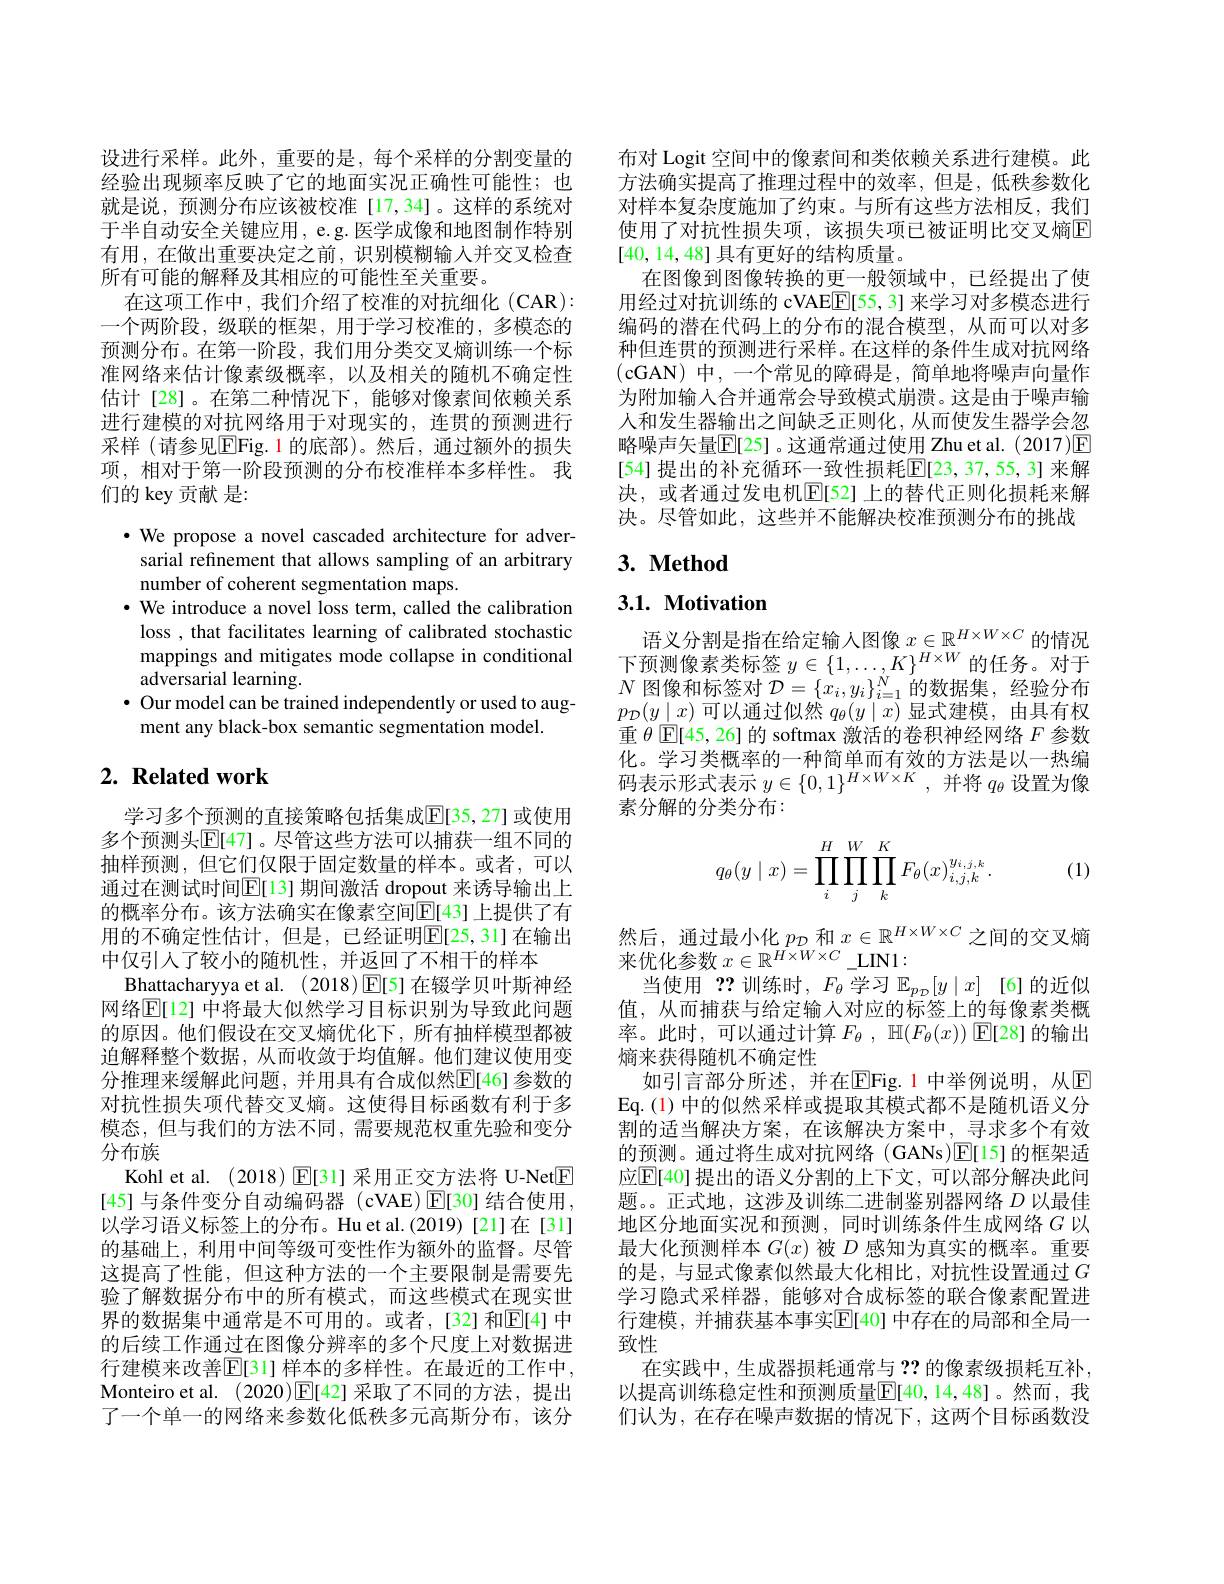
设进行采样。此外，重要的是，每个采样的分割变量的经验出现频率反映了它的地面实况正确性可能性；也就是说，预测分布应该被校准[17,34]。这样的系统对于半自动安全关键应用，e.g. 医学成像和地图制作特别有用，在做出重要决定之前，识别模糊输入并交叉检查所有可能的解释及其相应的可能性至关重要。
在这项工作中，我们介绍了校准的对抗细化(CAR): 一个两阶段，级联的框架，用于学习校准的，多模态的预测分布。在第一阶段，我们用分类交叉熵训练一个标准网络来估计像素级概率，以及相关的随机不确定性估计[28]。在第二种情况下，能够对像素间依赖关系进行建模的对抗网络用于对现实的，连贯的预测进行采样(请参见$\boxed{\mathrm{E}}$Fig.1 的底部)。然后，通过额外的损失项，相对于第一阶段预测的分布校准样本多样性。我们的 key 贡献 是：

$\cdot$ We propose a novel cascaded architecture for adver-
sarial refinement that allows sampling of an arbitrary
number of coherent segmentation maps.
· We introduce a novel loss term, called the calibration
loss , that facilitates learning of calibrated stochastic mappings and mitigates mode collapse in conditional adversarial learning.
$\bullet$ Our model can be trained independently or used to aug-
ment any black-box semantic segmentation model.

# 2. Related work

学习多个预测的直接策略包括集成$\overline{\mathbb{E}}$[35,27] 或使用多个预测头$\mathbb{E}[47]$。尽管这些方法可以捕获一组不同的抽样预测，但它们仅限于固定数量的样本。或者，可以通过在测试时间$\mathbb{E}[$13]期间激活 dropout 来诱导输出上的概率分布。该方法确实在像素空间[E[43]上提供了有用的不确定性估计，但是，已经证明$\boxed{\mathrm{E}}[25,31]$在输出中仅引人了较小的随机性，并返回了不相干的样本
Bhattacharyya et al. (2018)$\operatorname{E}[5]$在辍学贝叶斯神经网络$\overline{\mathbb{E}}[12]$ 中将最大似然学习目标识别为导致此问题的原因。他们假设在交叉熵优化下，所有抽样模型都被迫解释整个数据，从而收敛于均值解。他们建议使用变分推理来缓解此问题，并用具有合成似然$\mathbb{E}[46]$参数的对抗性损失项代替交叉熵。这使得目标函数有利于多模态，但与我们的方法不同，需要规范权重先验和变分分布族
Kohl et al. (2018) $\mathbb{E}[31]$采用正交方法将 U-Net$\boxed{\mathrm{F}}$ [45] 与条件变分自动编码器 (cVAE)$\boxed{\mathrm{E}}[30]$ 结合使用， 以学习语义标签上的分布。Hu et al.(2019) [21]在[31] 的基础上，利用中间等级可变性作为额外的监督。尽管这提高了性能，但这种方法的一个主要限制是需要先验了解数据分布中的所有模式，而这些模式在现实世界的数据集中通常是不可用的。或者，[32] 和$\overline{\mathbb{E}}[4]$ 中的后续工作通过在图像分辨率的多个尺度上对数据进行建模来改善$\overline{\mathbb{E}}[31]$ 样本的多样性。在最近的工作中， Monteiro et al. (2020)E[42] 采取了不同的方法，提出了一个单一的网络来参数化低秩多元高斯分布，该分

布对 Logit 空间中的像素间和类依赖关系进行建模。此方法确实提高了推理过程中的效率，但是，低秩参数化对样本复杂度施加了约束。与所有这些方法相反，我们使用了对抗性损失项，该损失项已被证明比交叉熵E [40,14,48]具有更好的结构质量。
在图像到图像转换的更一般领域中，已经提出了使用经过对抗训练的 cVAEE[55,3] 来学习对多模态进行编码的潜在代码上的分布的混合模型，从而可以对多种但连贯的预测进行采样。在这样的条件生成对抗网络(cGAN)中，一个常见的障碍是，简单地将噪声向量作为附加输入合并通常会导致模式崩溃。这是由于噪声输人和发生器输出之间缺乏正则化，从而使发生器学会忽略噪声矢量$\overline{\mathrm{E}}[25]$ 。这通常通过使用 Zhu et al. (2017)$\boxed{\mathrm{F}}$ [54] 提出的补充循环一致性损耗$\mathbb{E}[23,37,55,3]$ 来解决，或者通过发电机E[52]上的替代正则化损耗来解决。尽管如此，这些并不能解决校准预测分布的挑战

## $\textbf{3. Method}$

## $3. 1. \textbf{Motivation}$

语义分割是指在给定输人图像$x\in\mathbb{R}^{H\times W\times C}$的情况下预测像素类标签$y\in\{1,\ldots,K\}^{H\times W}$的任务。对于$N$图像和标签对$\mathcal{D}=\{x_i,y_i\}_{i=1}^{N}$的数据集，经验分布$p_{\mathcal{D}}(y\mid x)$可以通过似然 $q_\theta(y\mid x)$ 显式建模，由具有权重$\theta$E[45,26]的 softmax 激活的卷积神经网络 $F$ 参数化。学习类概率的一种简单而有效的方法是以一热编码表示形式表示$y\in\{0,1\}^H\times W\times K$,并将$q_\theta$设置为像素分解的分类分布：
$$q_\theta(y\mid x)=\prod_i^H\prod_j^W\prod_k^KF_\theta(x)_{i,j,k}^{y_{i,j,k}}.$$
(1)

然后，通过最小化$p_{\mathcal{D}}$和$x\in\mathbb{R}^{H\times W\times C}$之间的交叉熵
来优化参数$x\in\mathbb{R}^H\times W\times C\_$LIN1:
当使用？?训练时，$F_\theta$学习$\mathbb{E}_p_\mathcal{D}[y\mid x]$ [6]的近似值，从而捕获与给定输入对应的标签上的每像素类概率。此时，可以通过计算$F_{\theta }$ , $\mathbb{H} ( F_{\theta }( x) )$ $\mathbb{E} [ 28]$的输出熵来获得随机不确定性
如引言部分所述，并在$\overline{\mathrm{E}}$Fig.1 中举例说明，从$\overline{\mathrm{E}}$ Eq.(1)中的似然采样或提取其模式都不是随机语义分割的适当解决方案，在该解决方案中，寻求多个有效的预测。通过将生成对抗网络 (GANs)E[15] 的框架适应$\mathbb{E}[40]$ 提出的语义分割的上下文，可以部分解决此问题。。正式地，这涉及训练二进制鉴别器网络$D$以最佳地区分地面实况和预测，同时训练条件生成网络$G$以最大化预测样本$G(x)$被$D$感知为真实的概率。重要的是，与显式像素似然最大化相比，对抗性设置通过$G$ 学习隐式采样器，能够对合成标签的联合像素配置进行建模，并捕获基本事实$\mathbb{E}[40]$ 中存在的局部和全局一致性
在实践中，生成器损耗通常与？?的像素级损耗互补， 以提高训练稳定性和预测质量$\boxed{\mathrm{F}}[40,14,48]$。然而，我们认为，在存在噪声数据的情况下，这两个目标函数没